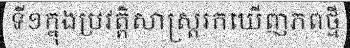
ទី១ក្នុងប្រវត្តិសាស្ត្ររកឃើញភពថ្មី